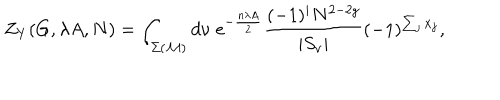
LaTeX: Z _ { Y } ( G , \lambda A , N ) = \int _ { \Sigma ( { \cal M } ) } d \nu \; \mathrm { e } ^ { - \frac { n \lambda A } { 2 } } \frac { ( - 1 ) ^ { i } N ^ { 2 - 2 g } } { | S _ { \nu } | } ( - 1 ) ^ { \sum _ { j } x _ { j } } ,